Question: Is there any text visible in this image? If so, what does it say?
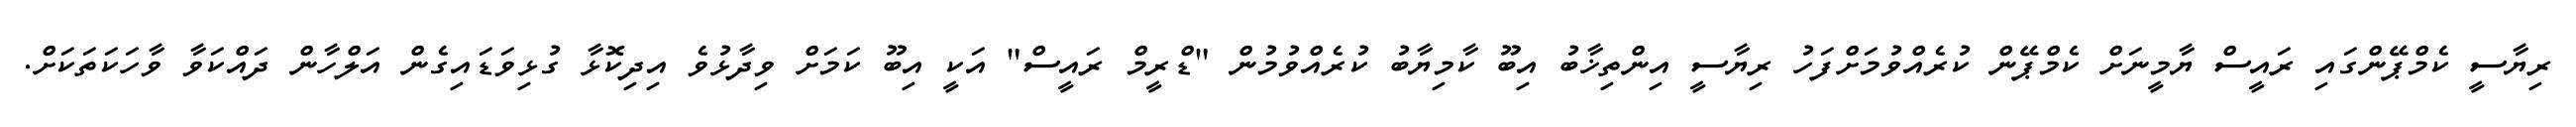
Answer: ރިޔާސީ ކެމްޕޭންގައި ރައީސް ޔާމީނަށް ކެމްޕޭން ކުރެއްވުމަށްފަހު ރިޔާސީ އިންތިޚާބު އިބޫ ކާމިޔާބު ކުރެއްވުމުން "ޑްރީމް ރައީސް" އަކީ އިބޫ ކަމަށް ވިދާޅުވެ އިދިކޮޅާ ގުޅިވަޑައިގެން އަލްހާން ދައްކަވާ ވާހަކަތަކަށް.